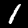
Digit: 1